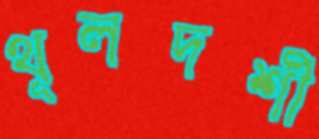
স্থূলদর্শী